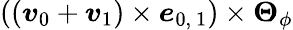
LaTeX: \left(\left(\boldsymbol{v}_{0}+\boldsymbol{v}_{1}\right)\times\boldsymbol{e}_{0,\ 1}\right)\times\boldsymbol{\Theta}_{\phi}